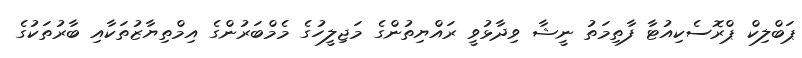
ޕަބްލިކް ޕްރޮސެކިއުޓާ ފާތިމަތު ނީޝާ ވިދާޅުވީ ރައްޔިތުންގެ މަޖިލީހުގެ މެމްބަރުންގެ އިމްތިޔާޒުތަކާއި ބާރުތަކުގެ